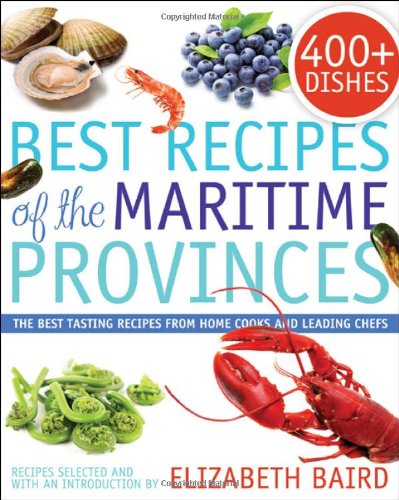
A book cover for Best Recipes of the Maritime Provinces: The best tasting recipes from home cooks and leading chefs; Cookbooks, Food & Wine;